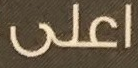
اعلى